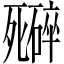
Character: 𬆜